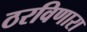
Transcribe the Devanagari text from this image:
ठरविणारा